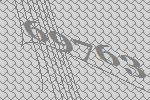
69763